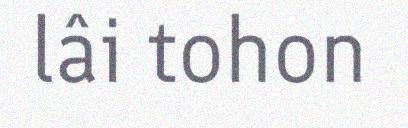
lâi tohon